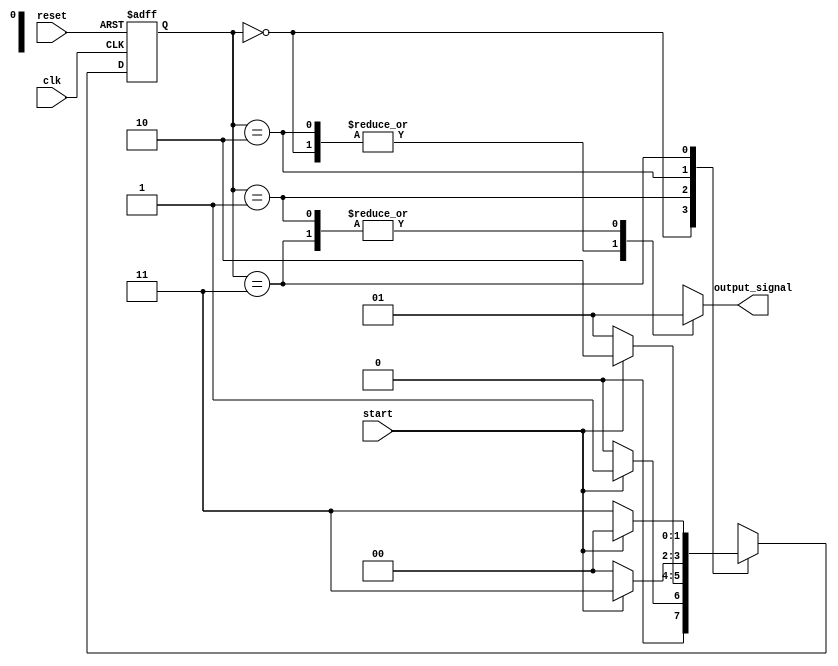
module fsm_top_module(
    input clk,
    input reset,
    input start,
    output reg output_signal
);

// States
parameter STATE_A = 2'b00;
parameter STATE_B = 2'b01;
parameter STATE_C = 2'b10;
parameter STATE_D = 2'b11;

// Register to hold current state
reg [1:0] current_state, next_state;

// Output signal assignment based on current state
always @(current_state)
begin
    case(current_state)
        STATE_A: output_signal = 1'b0;
        STATE_B: output_signal = 1'b1;
        STATE_C: output_signal = 1'b0;
        STATE_D: output_signal = 1'b1;
    endcase
end

// State machine logic
always @(posedge clk or posedge reset)
begin
    if(reset)
        current_state <= STATE_A;
    else
        current_state <= next_state;
end

// State transitions
always @(*)
begin
    case(current_state)
        STATE_A: begin
            if(start)
                next_state = STATE_B;
            else
                next_state = STATE_A;
        end
        STATE_B: begin
            if(start)
                next_state = STATE_C;
            else
                next_state = STATE_B;
        end
        STATE_C: begin
            if(start)
                next_state = STATE_D;
            else
                next_state = STATE_A;
        end
        STATE_D: begin
            if(start)
                next_state = STATE_A;
            else
                next_state = STATE_D;
        end
    endcase
end

endmodule